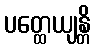
ပတ္ထေယျန္တိ